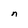
Character: n